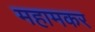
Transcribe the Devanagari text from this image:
महामकर